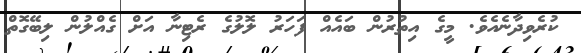
ކުރެވިދާނެއެވެ. މީގެ އިތުރުން ބައެއް ފަހަރު ލޮލުގެ ރެޓިނާ އަށް ގެއްލުން ލިބޭގޮތް